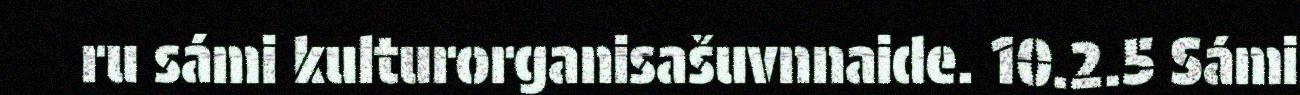
ru sámi kulturorganisašuvnnaide. 10.2.5 Sámi